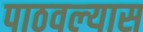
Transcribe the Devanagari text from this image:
पाठवल्‍यास